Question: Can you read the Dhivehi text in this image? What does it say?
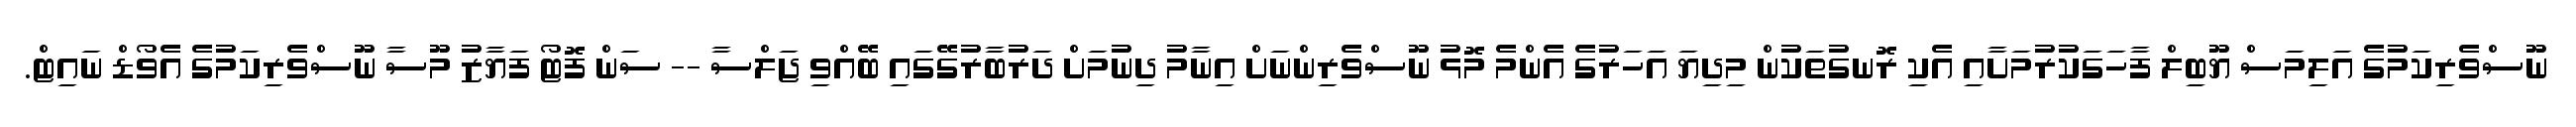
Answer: ނޫސްވެރިކަމުގެ އަލިމަސް ޔޫބިލް ފާހަގަކުރުމަށާއި އެކި ރޮނގުތަކުން މިދިޔަ އަހަރުގެ އެންމެ މޮޅު ނޫސްވެރިންނަށް އިނާމު ދިނުމަށް ދަރުބާރުގޭގައި ބޭއްވި ޖަލްސާ -- ސަން ފޮޓޯ ފަޔާޒު މޫސާ ނޫސްވެރިކަމުގެ އެވޯޑް ނައިޓް.